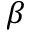
\beta